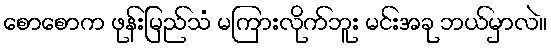
စောစောက ဖုန်းမြည်သံ မကြားလိုက်ဘူး မင်းအခု ဘယ်မှာလဲ။